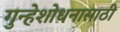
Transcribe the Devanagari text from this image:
गुन्हेशोधनासाठी